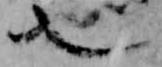
也